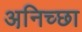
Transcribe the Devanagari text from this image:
अनि़च्छा